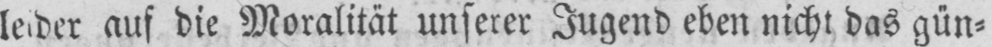
leider auf die Moralität unserer Jugend eben nicht das gün⸗